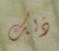
ذلك